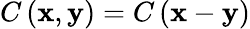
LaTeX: C\left(\mathbf{x},\mathbf{y}\right)=C\left(\mathbf{x}-\mathbf{y}\right)